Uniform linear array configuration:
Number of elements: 32
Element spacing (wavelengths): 1
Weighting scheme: hann
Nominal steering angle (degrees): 45
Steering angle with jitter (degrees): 43.413
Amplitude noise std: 0.05
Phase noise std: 0.05

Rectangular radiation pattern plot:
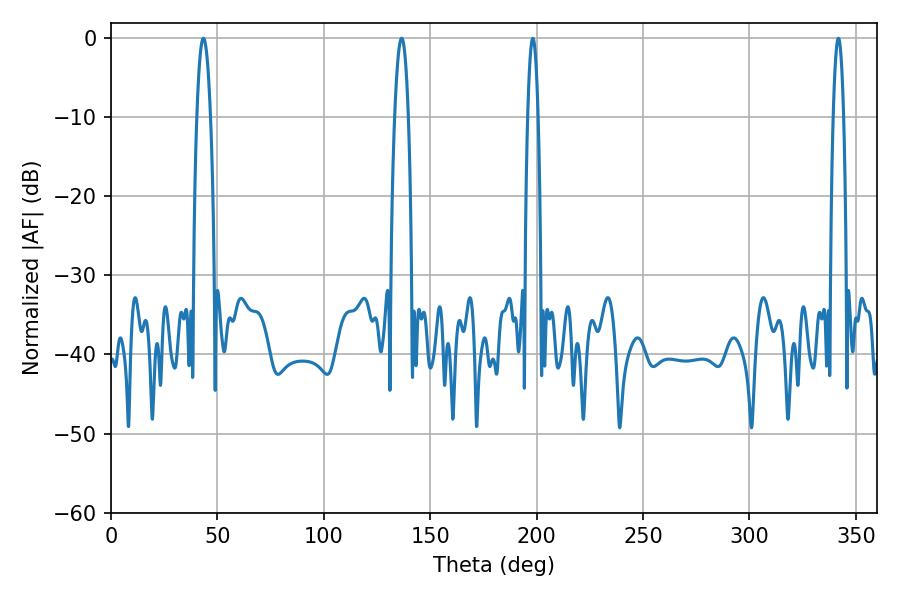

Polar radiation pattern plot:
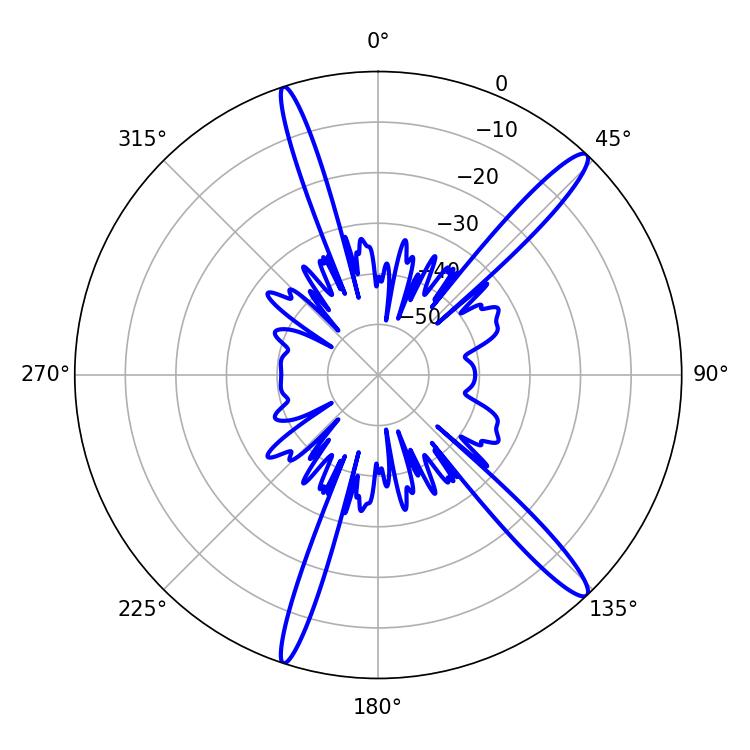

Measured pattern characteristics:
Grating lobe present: TRUE
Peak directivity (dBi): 15.196
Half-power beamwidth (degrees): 2.7
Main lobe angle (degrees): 198.18